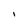
Character: I